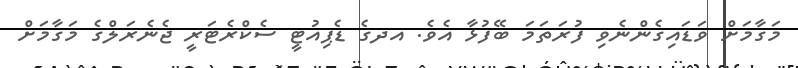
މަގާމަށް ވަޑައިގެންނެވި ފުރަތަމަ ބޭފުޅާ އެވެ. އދގެ ޑެޕިއުޓީ ސެކްރެޓަރީ ޖެނެރަލްގެ މަގާމަށް